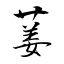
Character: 葁